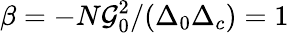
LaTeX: \beta=-N\mathcal{G}_{0}^{2}/(\Delta_{0}\Delta_{c})=1